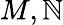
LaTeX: M,\mathbb{N}